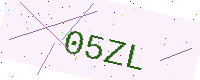
Text: 05ZL